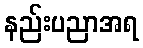
နည်းပညာအရ